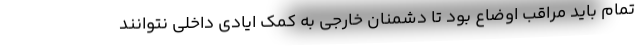
تمام باید مراقب اوضاع بود تا دشمنان خارجی به کمک ایادی داخلی نتوانند